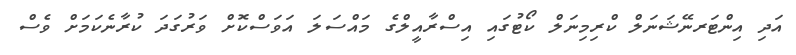
އަދި އިންޓަރނޭޝަނަލް ކްރިމިނަލް ކޯޓުގައި އިސްރާއީލްގެ މައްސަލަ އަވަސްކޮށް ވަރުގަދަ ކުރާނެކަމަށް ވެސް